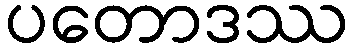
ပတောဒဿ